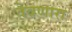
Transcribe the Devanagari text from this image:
तेवणारा